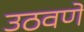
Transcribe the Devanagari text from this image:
उठवणें